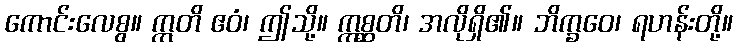
ကောင်းလေစွ။ ဣတိ ဧဝံ၊ ဤသို့။ ဣစ္ဆတိ၊ အလိုရှိ၏။ ဘိက္ခဝေ၊ ရဟန်းတို့။